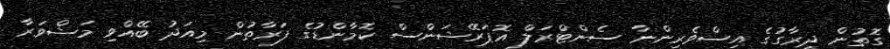
ގޮތުން ދިރާގުގެ އިސްވެރިންނާ ސެންޓްރަލް އޮޕަރޭޝަންސް ކޮމާންޑުގެ ފަރާތުން މިއަދު ބޭއްވި މަޝްވަރާ